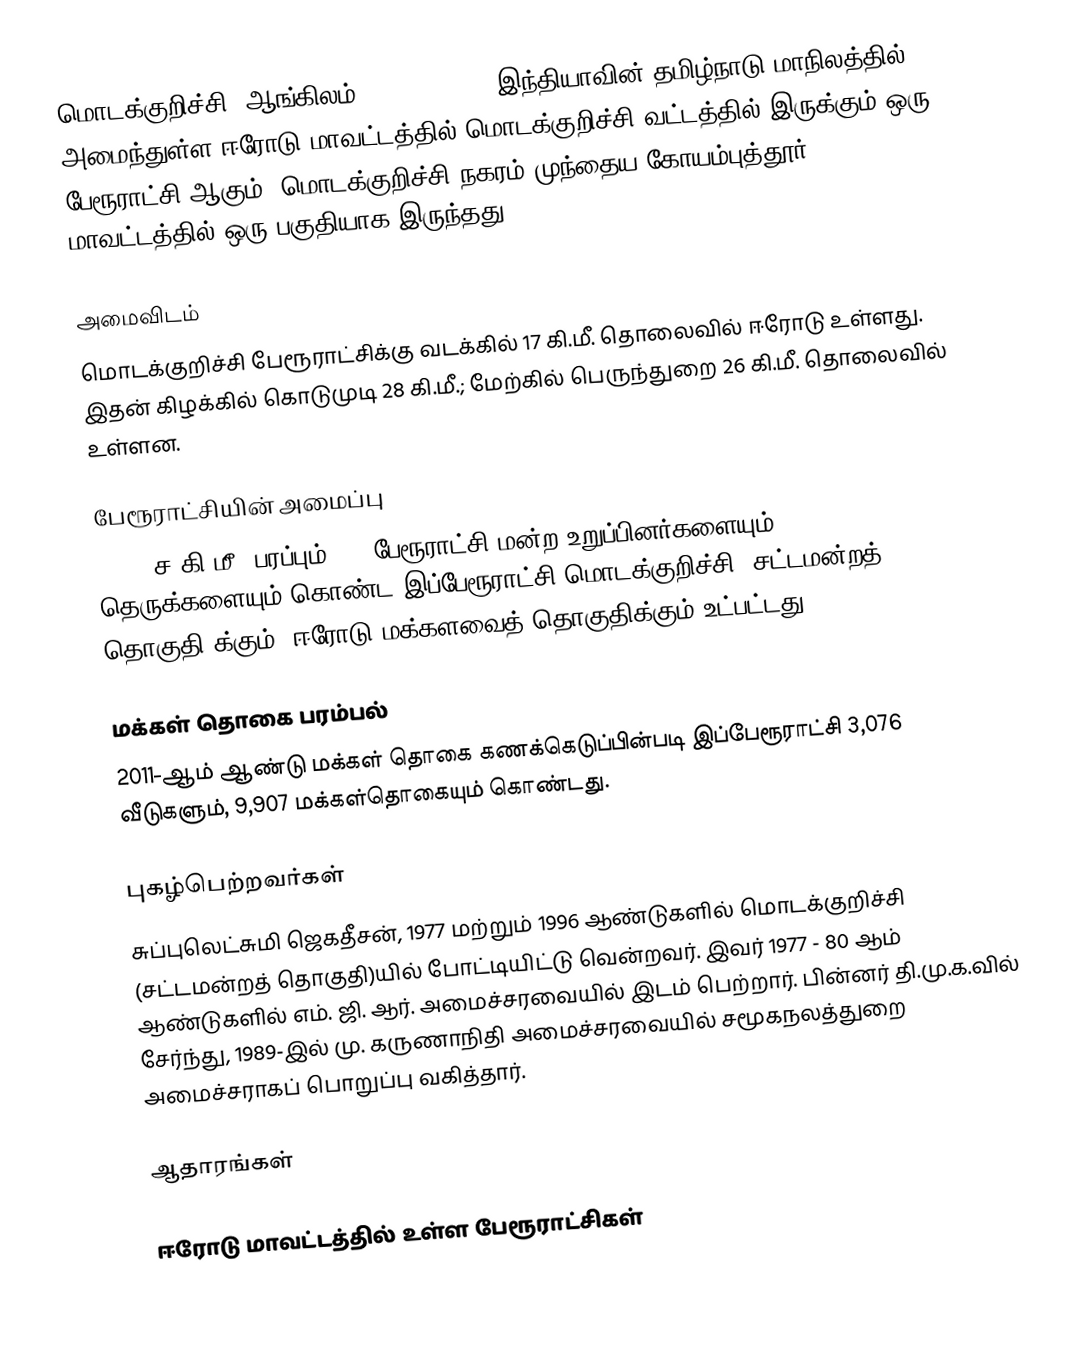
மொடக்குறிச்சி (ஆங்கிலம்:Modakurichi), இந்தியாவின் தமிழ்நாடு மாநிலத்தில் அமைந்துள்ள ஈரோடு மாவட்டத்தில் மொடக்குறிச்சி வட்டத்தில் இருக்கும் ஒரு பேரூராட்சி ஆகும். மொடக்குறிச்சி நகரம் முந்தைய கோயம்புத்தூர் மாவட்டத்தில் ஒரு பகுதியாக இருந்தது.

அமைவிடம்
மொடக்குறிச்சி பேரூராட்சிக்கு வடக்கில் 17 கி.மீ. தொலைவில் ஈரோடு உள்ளது. இதன் கிழக்கில் கொடுமுடி 28 கி.மீ.; மேற்கில் பெருந்துறை 26 கி.மீ. தொலைவில் உள்ளன.

பேரூராட்சியின் அமைப்பு
11.78 ச.கி.மீ. பரப்பும், 15 பேரூராட்சி மன்ற உறுப்பினர்களையும், 68 தெருக்களையும் கொண்ட இப்பேரூராட்சி மொடக்குறிச்சி   (சட்டமன்றத் தொகுதி)க்கும், ஈரோடு மக்களவைத் தொகுதிக்கும் உட்பட்டது.

மக்கள் தொகை பரம்பல்
2011-ஆம் ஆண்டு மக்கள் தொகை கணக்கெடுப்பின்படி  இப்பேரூராட்சி   3,076     வீடுகளும், 9,907 மக்கள்தொகையும் கொண்டது.

புகழ்பெற்றவர்கள்
 சுப்புலெட்சுமி ஜெகதீசன், 1977 மற்றும் 1996 ஆண்டுகளில் மொடக்குறிச்சி (சட்டமன்றத் தொகுதி)யில் போட்டியிட்டு வென்றவர். இவர்  1977 - 80 ஆம் ஆண்டுகளில் எம். ஜி. ஆர். அமைச்சரவையில் இடம் பெற்றார். பின்னர் தி.மு.க.வில் சேர்ந்து, 1989-இல் மு. கருணாநிதி அமைச்சரவையில் சமூகநலத்துறை அமைச்சராகப் பொறுப்பு வகித்தார்.

ஆதாரங்கள்

ஈரோடு மாவட்டத்தில் உள்ள பேரூராட்சிகள்